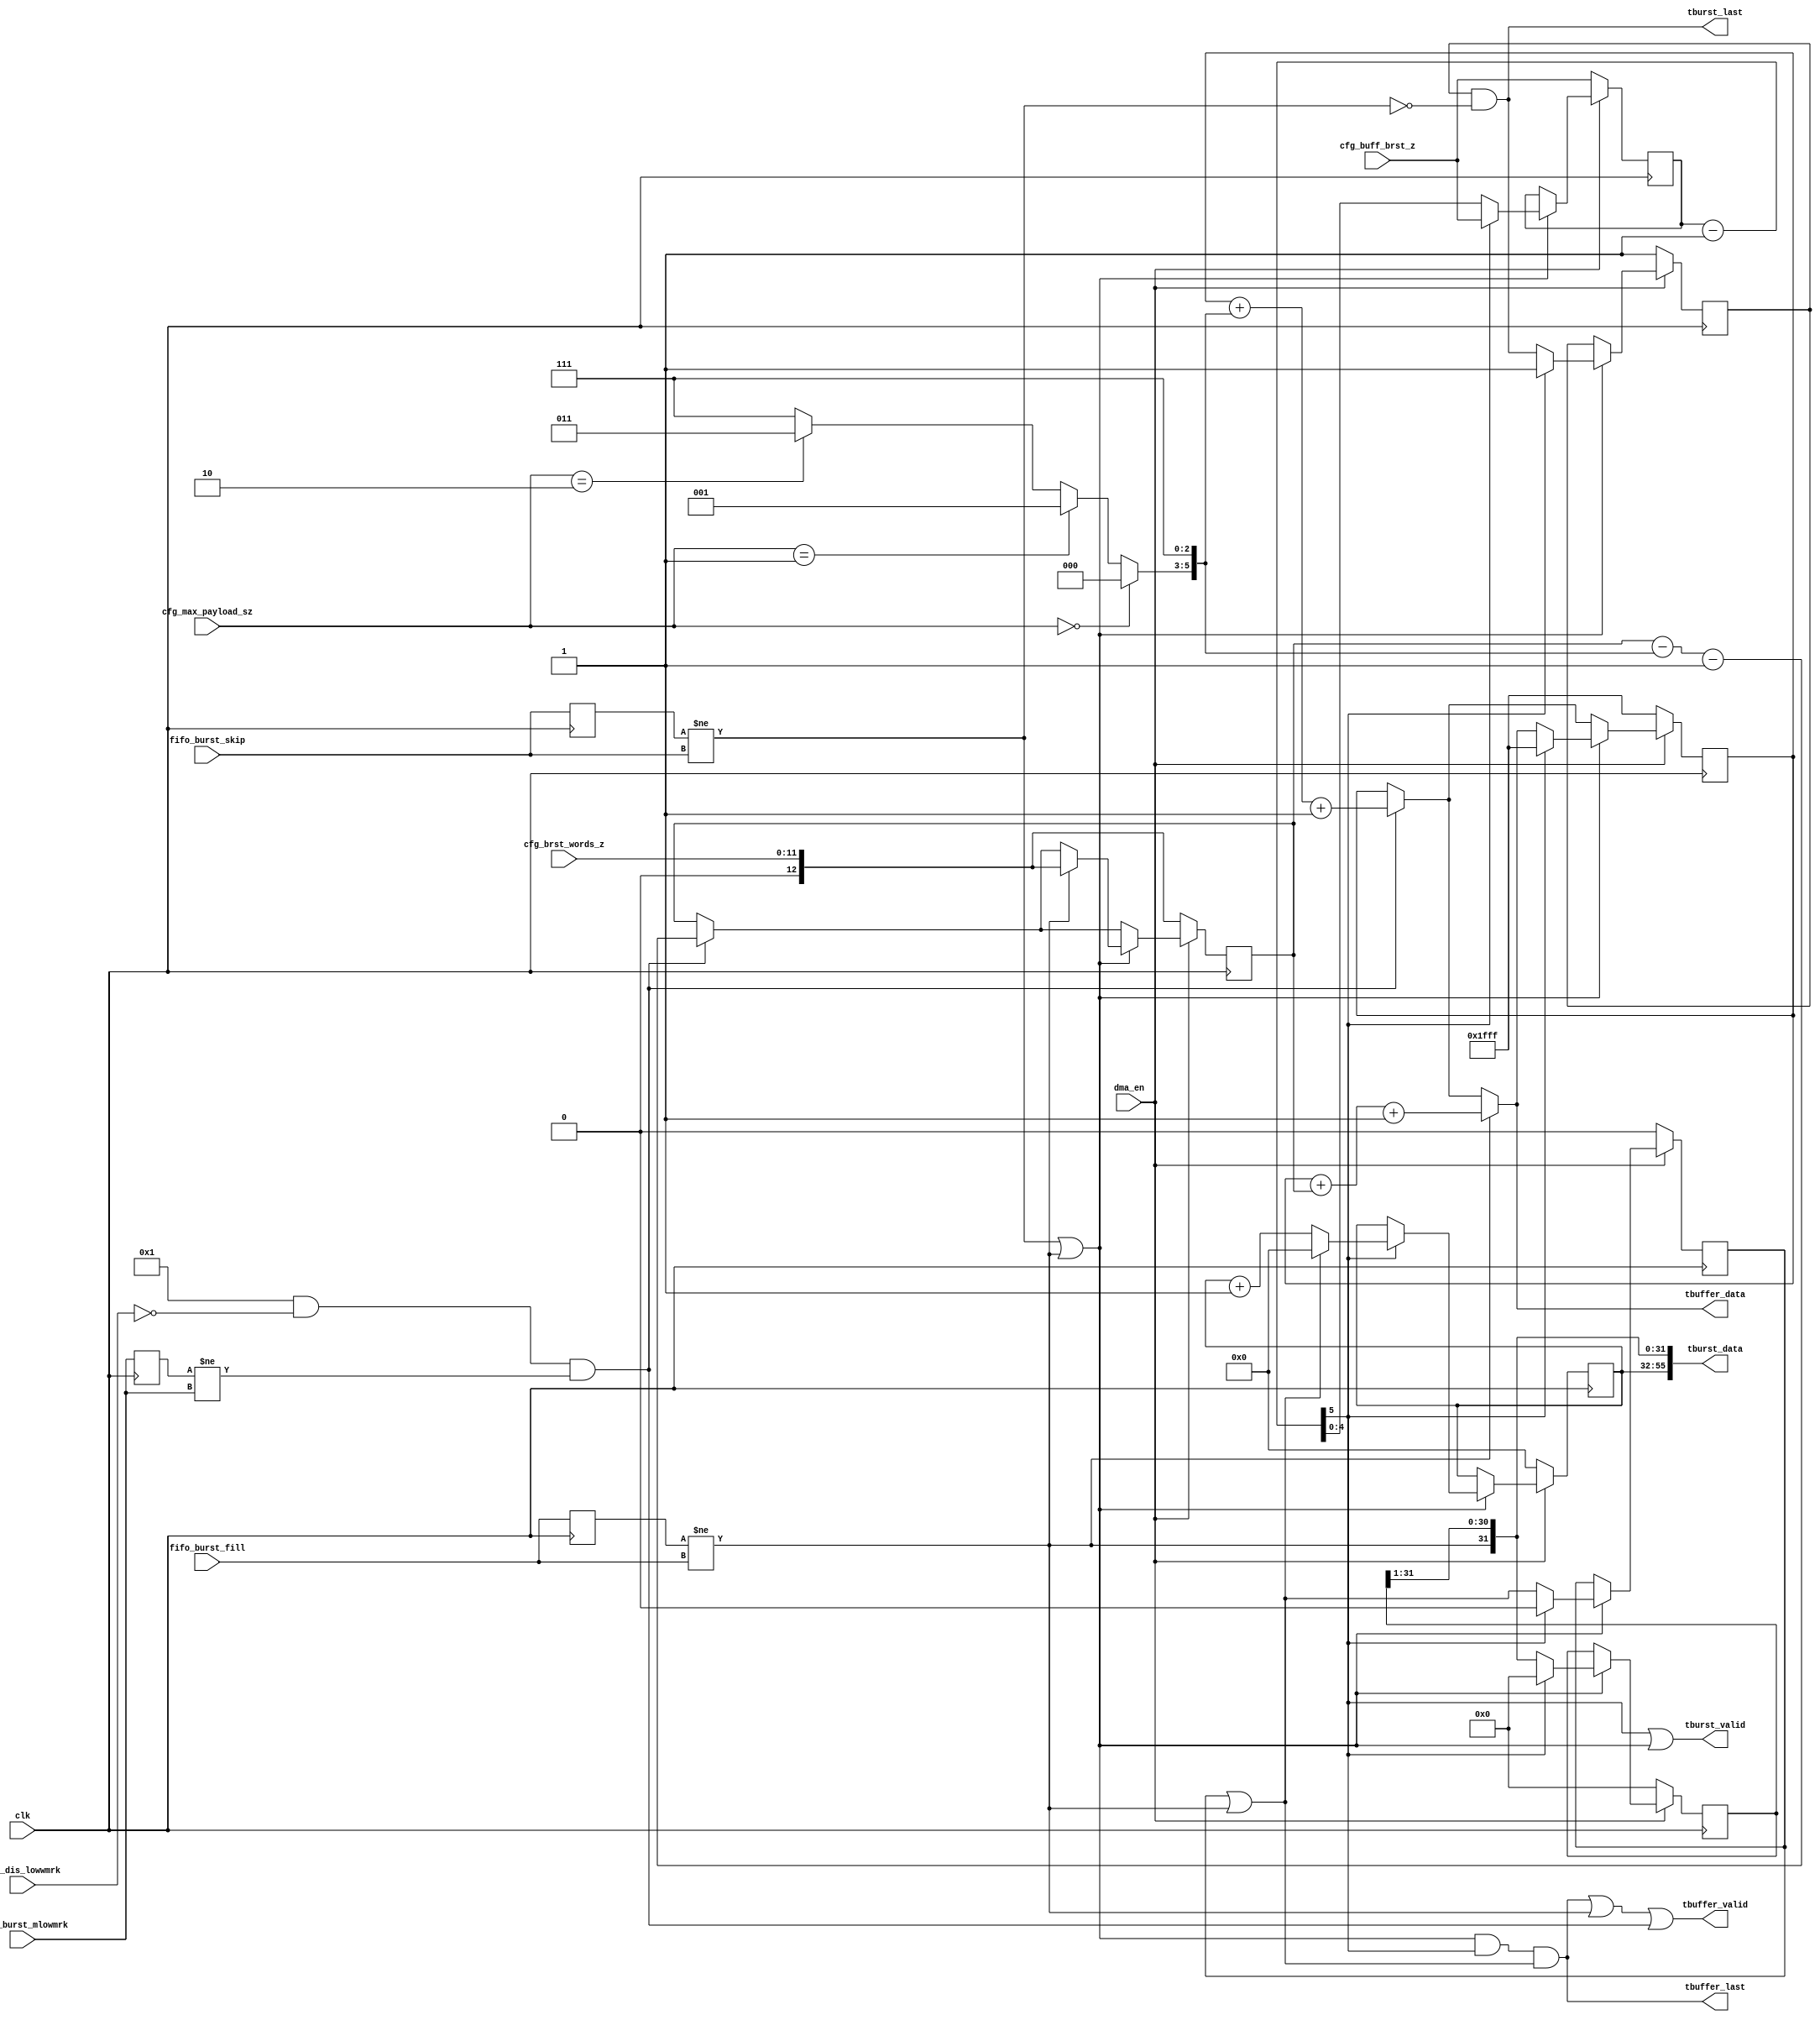
// SPDX-License-Identifier: CERN-OHL-P
//
// Copyright 2022-2024 Wavelet Lab
//
// USDR PROJECT
// CLEAN
//
// Based on 3 ASYNC signals we reconstruct burst cnfiguration
//
module bsig_to_burstbuffer #(
  parameter MAX_BUSRTS_BITS    = 5,
  parameter MAX_BUSRTS         = 1 << MAX_BUSRTS_BITS, // Maximum number of bursts in a buffer
  parameter EN_LOWWMRK         = 1,
  parameter BUFFER_SIZE_BITS   = 16,
  parameter MAX_BUFF_SKIP_BITS = 24,
  parameter DATA_BITS          = 4       // Minimum transfer burst 3 - 64bits; 4 - 128bits; 5 - 256bits
)(
    input                                clk,
    input                                dma_en,

    // cfg
    input [1:0]                          cfg_max_payload_sz, // 128b / 256b / 512b / 1024b
    input                                cfg_dis_lowwmrk,
    input [MAX_BUSRTS_BITS-1:0]          cfg_buff_brst_z,
    input [BUFFER_SIZE_BITS-1:DATA_BITS] cfg_brst_words_z,

    // BUSRT pulses
    input                                fifo_burst_skip,
    input                                fifo_burst_fill,
    input                                fifo_burst_mlowmrk, //Signaled when burst filled with cfg_max_payload_sz

    output                               tbuffer_valid,     // Buffer update stats
    output                               tbuffer_last,      // Last update for this buffer
    output [BUFFER_SIZE_BITS:DATA_BITS]  tbuffer_data,      // Number of bytes filled in current buffer
    
    output                                     tburst_valid,     // 
    output                                     tburst_last,      // Last burst in complete buffer
    output [MAX_BUFF_SKIP_BITS+MAX_BUSRTS-1:0] tburst_data       // fillstatus & skipped count
);

// Signal generation
reg fifo_burst_skip_p;
reg fifo_burst_fill_p;
reg signal_fifo_burst_mlowmrk_p;

wire signal_fifo_burst_mlowmrk = EN_LOWWMRK && ~cfg_dis_lowwmrk && (signal_fifo_burst_mlowmrk_p != fifo_burst_mlowmrk);
wire signal_skip               = fifo_burst_skip_p != fifo_burst_skip;
wire signal_fill               = fifo_burst_fill_p != fifo_burst_fill;
wire signal_nxt_brst           = signal_skip | signal_fill;

always @(posedge clk) begin
  begin
    fifo_burst_skip_p           <= fifo_burst_skip;
    fifo_burst_fill_p           <= fifo_burst_fill;
    signal_fifo_burst_mlowmrk_p <= fifo_burst_mlowmrk;
  end
end

// Remaining number of bursts to finish the buffer
reg [MAX_BUSRTS_BITS-1:0]         rem_buffers_z;
wire [MAX_BUSRTS_BITS:0]          nxt_rem_buffers_z    = { 1'b0, rem_buffers_z } - 1'b1;
wire                              last_burst_in_buff   = nxt_rem_buffers_z[MAX_BUSRTS_BITS];

reg [BUFFER_SIZE_BITS:DATA_BITS]  cur_buffer_filled_z;  // Number of bytes filled in current buffer
reg [BUFFER_SIZE_BITS:DATA_BITS]  cur_burst_rem_z;      // Remaining bytes to fill in current BURST

reg                               zbufn;
wire                              non_zero_buffer      = zbufn | signal_fill;
reg                               completebfn;
wire                              full_complete_buffer = completebfn && ~signal_skip;
wire                              whole_buffer_filled  = signal_nxt_brst && last_burst_in_buff && non_zero_buffer;

wire [9:7]                        mlowmrk_size_ext_z   = (cfg_max_payload_sz == 2'b00) ? 3'b000 :
                                                         (cfg_max_payload_sz == 2'b01) ? 3'b001 : 
                                                         (cfg_max_payload_sz == 2'b10) ? 3'b011 : 3'b111;
wire [9:DATA_BITS]                mlowmrk_size_z       = { mlowmrk_size_ext_z, {(7 - DATA_BITS){1'b1}} };

wire [BUFFER_SIZE_BITS:DATA_BITS] nxt_cur_buffer_filled_z  = cur_buffer_filled_z + cur_burst_rem_z + 1'b1;
wire [BUFFER_SIZE_BITS:DATA_BITS] nxt_cur_buffer_mlowmrk_z = cur_buffer_filled_z + mlowmrk_size_z + 1'b1;

reg [MAX_BUSRTS-1:0]              buff_status;
reg [MAX_BUFF_SKIP_BITS-1:0]      buff_skiped;

wire [MAX_BUSRTS-1:0]             nxt_buff_status = { signal_fill, buff_status[MAX_BUSRTS-1:1] };

always @(posedge clk) begin
  if (~dma_en) begin
    cur_buffer_filled_z <= ~0;
    cur_burst_rem_z     <= {1'b0, cfg_brst_words_z};
    zbufn               <= 0;
    completebfn         <= 1'b1;
    buff_skiped         <= 0;
    buff_status         <= 0;
    rem_buffers_z       <= cfg_buff_brst_z;

  end else begin
    if (signal_fifo_burst_mlowmrk) begin
      cur_burst_rem_z     <= cur_burst_rem_z - mlowmrk_size_z - 1'b1;
      cur_buffer_filled_z <= nxt_cur_buffer_mlowmrk_z;
    end

    if (signal_nxt_brst) begin
      if (signal_fill) begin
        cur_buffer_filled_z <= nxt_cur_buffer_filled_z;
        cur_burst_rem_z     <= {1'b0, cfg_brst_words_z};
      end

      if (last_burst_in_buff) begin
        buff_status       <= 0;
        zbufn             <= 0;
        completebfn       <= 1'b1;
        rem_buffers_z     <= cfg_buff_brst_z;
        
        cur_buffer_filled_z <= ~0;

        if (non_zero_buffer) begin
          buff_skiped <= 0;
        end else begin
          buff_skiped <= buff_skiped + 1'b1;
        end
      end else begin
        zbufn             <= non_zero_buffer;
        completebfn       <= full_complete_buffer;
        buff_status       <= nxt_buff_status;
        rem_buffers_z     <= nxt_rem_buffers_z;
      end
    end
  end
end

assign tbuffer_valid = whole_buffer_filled || signal_fill || signal_fifo_burst_mlowmrk;
assign tbuffer_last  = whole_buffer_filled;
assign tbuffer_data  = (signal_fill)               ? nxt_cur_buffer_filled_z : 
                       (signal_fifo_burst_mlowmrk) ? nxt_cur_buffer_mlowmrk_z : cur_buffer_filled_z;

assign tburst_valid  = last_burst_in_buff || signal_nxt_brst;
assign tburst_last   = full_complete_buffer;
assign tburst_data   = { buff_skiped, nxt_buff_status };


endmodule